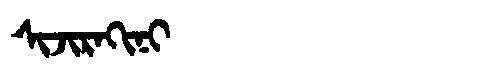
Manchu: ᠰᡳᠵᡳᡵᠠᡴᡳᠨᡳ
Romanization: SIJIRAKINI